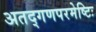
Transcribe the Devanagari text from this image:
अतद्गणपरमेष्टिः